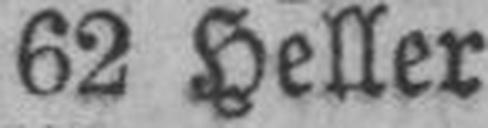
62 Heller